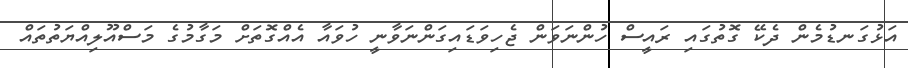
އަޅުގަނޑުމެން ދެކޭ ގޮތުގައި ރައީސް ހުންނަވަން ޖެހިވަޑައިގަންނަވާނީ ހުވައާ އެއްގޮަތަށް މަގާމުގެ މަސްއޫލިއްޔަތުތައް